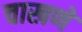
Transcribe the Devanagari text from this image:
चाखणे